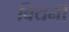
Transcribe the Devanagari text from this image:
बिथनी